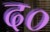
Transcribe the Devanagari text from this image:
द०